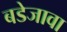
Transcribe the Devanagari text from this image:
बडेजावा